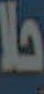
حلا